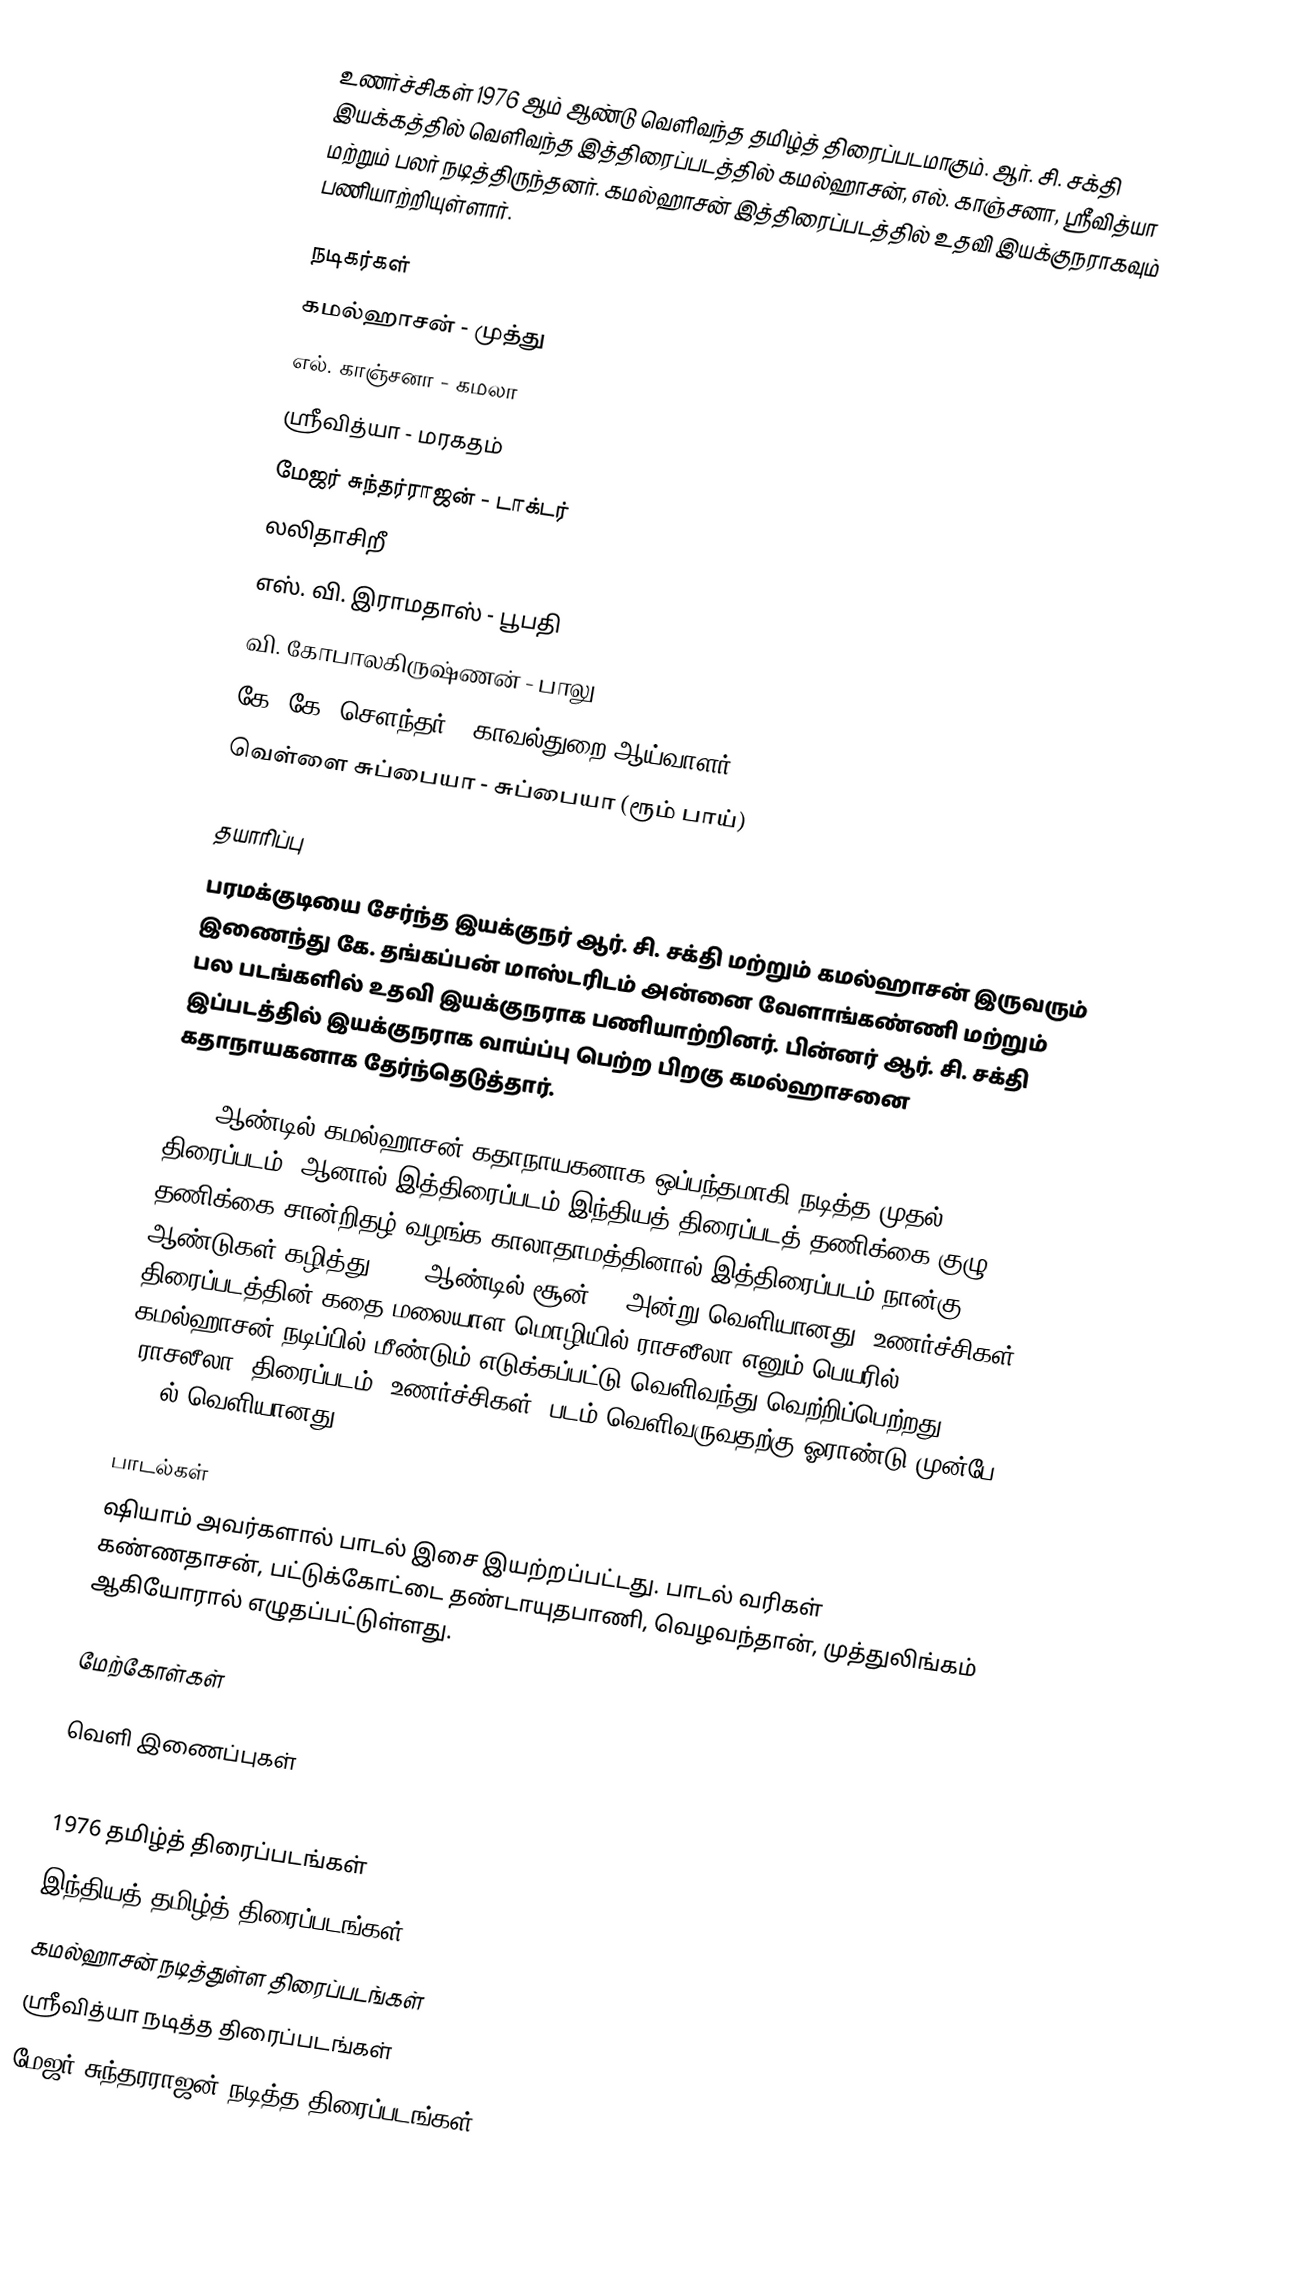
உணர்ச்சிகள் 1976 ஆம் ஆண்டு வெளிவந்த தமிழ்த் திரைப்படமாகும். ஆர். சி. சக்தி இயக்கத்தில் வெளிவந்த இத்திரைப்படத்தில் கமல்ஹாசன், எல். காஞ்சனா, ஸ்ரீவித்யா மற்றும் பலர் நடித்திருந்தனர். கமல்ஹாசன் இத்திரைப்படத்தில் உதவி இயக்குநராகவும் பணியாற்றியுள்ளார்.

நடிகர்கள்
 கமல்ஹாசன் - முத்து
 எல். காஞ்சனா - கமலா
 ஸ்ரீவித்யா - மரகதம்
 மேஜர் சுந்தர்ராஜன் - டாக்டர்
 லலிதாசிறீ
 எஸ். வி. இராமதாஸ் - பூபதி
 வி. கோபாலகிருஷ்ணன் - பாலு
 கே. கே. சௌந்தர் - காவல்துறை ஆய்வாளர்
 வெள்ளை சுப்பையா - சுப்பையா (ரூம் பாய்)

தயாரிப்பு
பரமக்குடியை சேர்ந்த இயக்குநர் ஆர். சி. சக்தி மற்றும் கமல்ஹாசன் இருவரும் இணைந்து கே. தங்கப்பன் மாஸ்டரிடம் அன்னை வேளாங்கண்ணி மற்றும் பல படங்களில் உதவி இயக்குநராக பணியாற்றினர். பின்னர் ஆர். சி. சக்தி இப்படத்தில் இயக்குநராக வாய்ப்பு பெற்ற பிறகு கமல்ஹாசனை கதாநாயகனாக தேர்ந்தெடுத்தார்.

1972 ஆண்டில் கமல்ஹாசன் கதாநாயகனாக ஒப்பந்தமாகி நடித்த முதல் திரைப்படம், ஆனால் இத்திரைப்படம் இந்தியத் திரைப்படத் தணிக்கை குழு தணிக்கை சான்றிதழ் வழங்க காலாதாமத்தினால் இத்திரைப்படம் நான்கு ஆண்டுகள் கழித்து 1976 ஆண்டில் சூன் 25 அன்று வெளியானது. உணர்ச்சிகள் திரைப்படத்தின் கதை மலையாள மொழியில் ராசலீலா எனும் பெயரில் கமல்ஹாசன் நடிப்பில் மீண்டும் எடுக்கப்பட்டு வெளிவந்து வெற்றிப்பெற்றது. 'ராசலீலா' திரைப்படம் 'உணர்ச்சிகள்' படம் வெளிவருவதற்கு ஓராண்டு முன்பே 1975ல் வெளியானது.

பாடல்கள்
ஷியாம் அவர்களால் பாடல் இசை இயற்றப்பட்டது. பாடல் வரிகள் கண்ணதாசன், பட்டுக்கோட்டை தண்டாயுதபாணி, வெழவந்தான், முத்துலிங்கம் ஆகியோரால் எழுதப்பட்டுள்ளது.

மேற்கோள்கள்

வெளி இணைப்புகள்

1976 தமிழ்த் திரைப்படங்கள்
இந்தியத் தமிழ்த் திரைப்படங்கள்
கமல்ஹாசன் நடித்துள்ள திரைப்படங்கள்
ஸ்ரீவித்யா நடித்த திரைப்படங்கள்
மேஜர் சுந்தரராஜன் நடித்த திரைப்படங்கள்